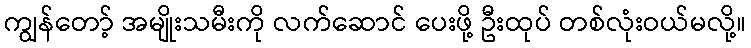
ကျွန်တော့် အမျိုးသမီးကို လက်ဆောင် ပေးဖို့ ဦးထုပ် တစ်လုံးဝယ်မလို့။